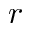
r